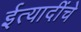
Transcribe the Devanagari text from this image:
ईत्यादींचे